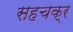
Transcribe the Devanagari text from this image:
सहचक्र